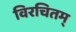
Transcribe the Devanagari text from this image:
विरचितम्